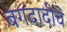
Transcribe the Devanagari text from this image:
बगदादीचे